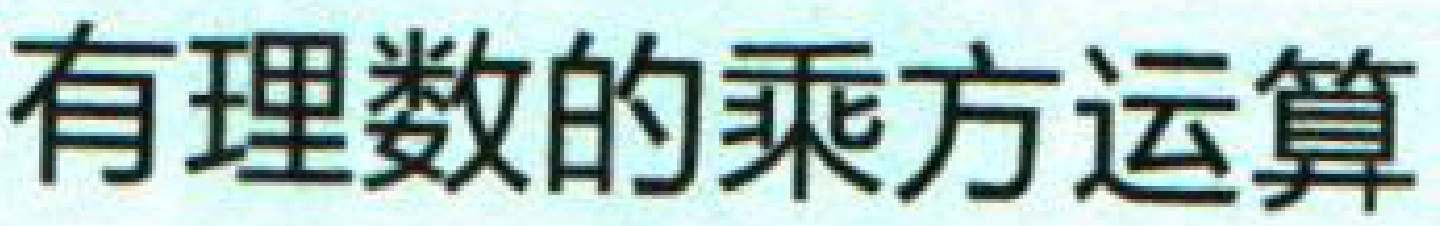
有理数的乘方运算